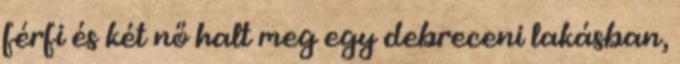
férfi és két nő halt meg egy debreceni lakásban,